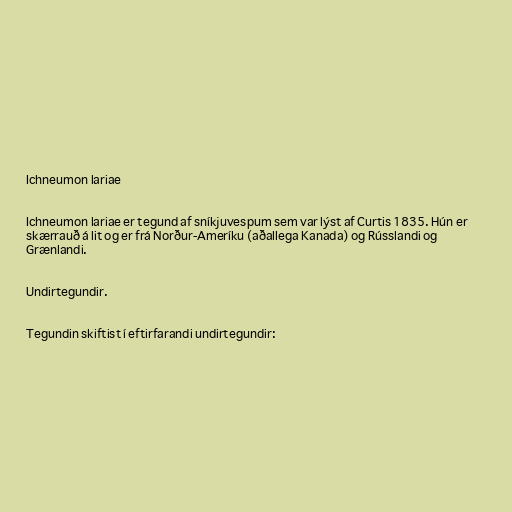
Ichneumon lariae

Ichneumon lariae er tegund af sníkjuvespum sem var lýst af Curtis 1835. Hún er
skærrauð á lit og er frá Norður-Ameríku (aðallega Kanada) og Rússlandi og
Grænlandi.

Undirtegundir.

Tegundin skiftist í eftirfarandi undirtegundir: